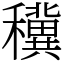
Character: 䆊